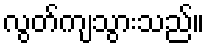
လွတ်ကျသွားသည်။